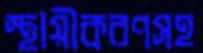
স্থায়ীকরণসহ